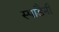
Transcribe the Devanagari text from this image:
स्पाडैनी